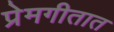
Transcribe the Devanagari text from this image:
प्रेमगीतात